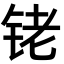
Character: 铑